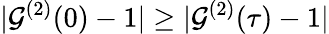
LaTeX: |\mathcal{G}^{(2)}(0)-1|\ge|\mathcal{G}^{(2)}(\tau)-1|